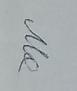
Signature authenticity: genuine